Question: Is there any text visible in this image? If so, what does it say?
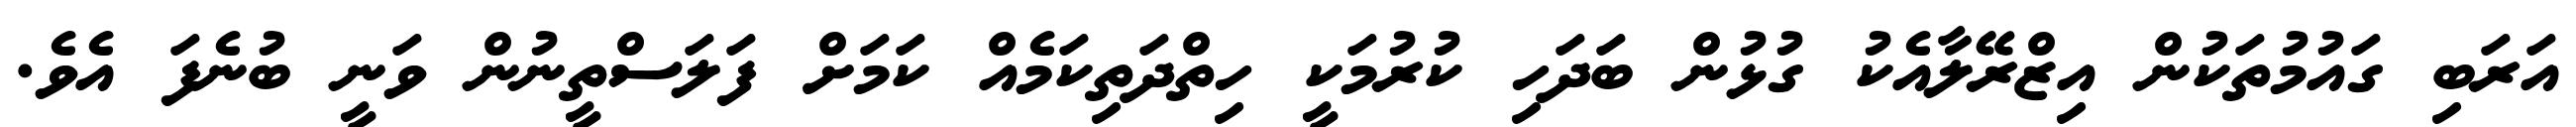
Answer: އަރަބި ގައުމުތަކުން އިޒްރޭލާއެކު ގުޅުން ބަދަހި ކުރުމަކީ ހިތްދަތިކަމެއް ކަމަށް ފަލަސްތީނުން ވަނީ ބުނެފަ އެވެ.